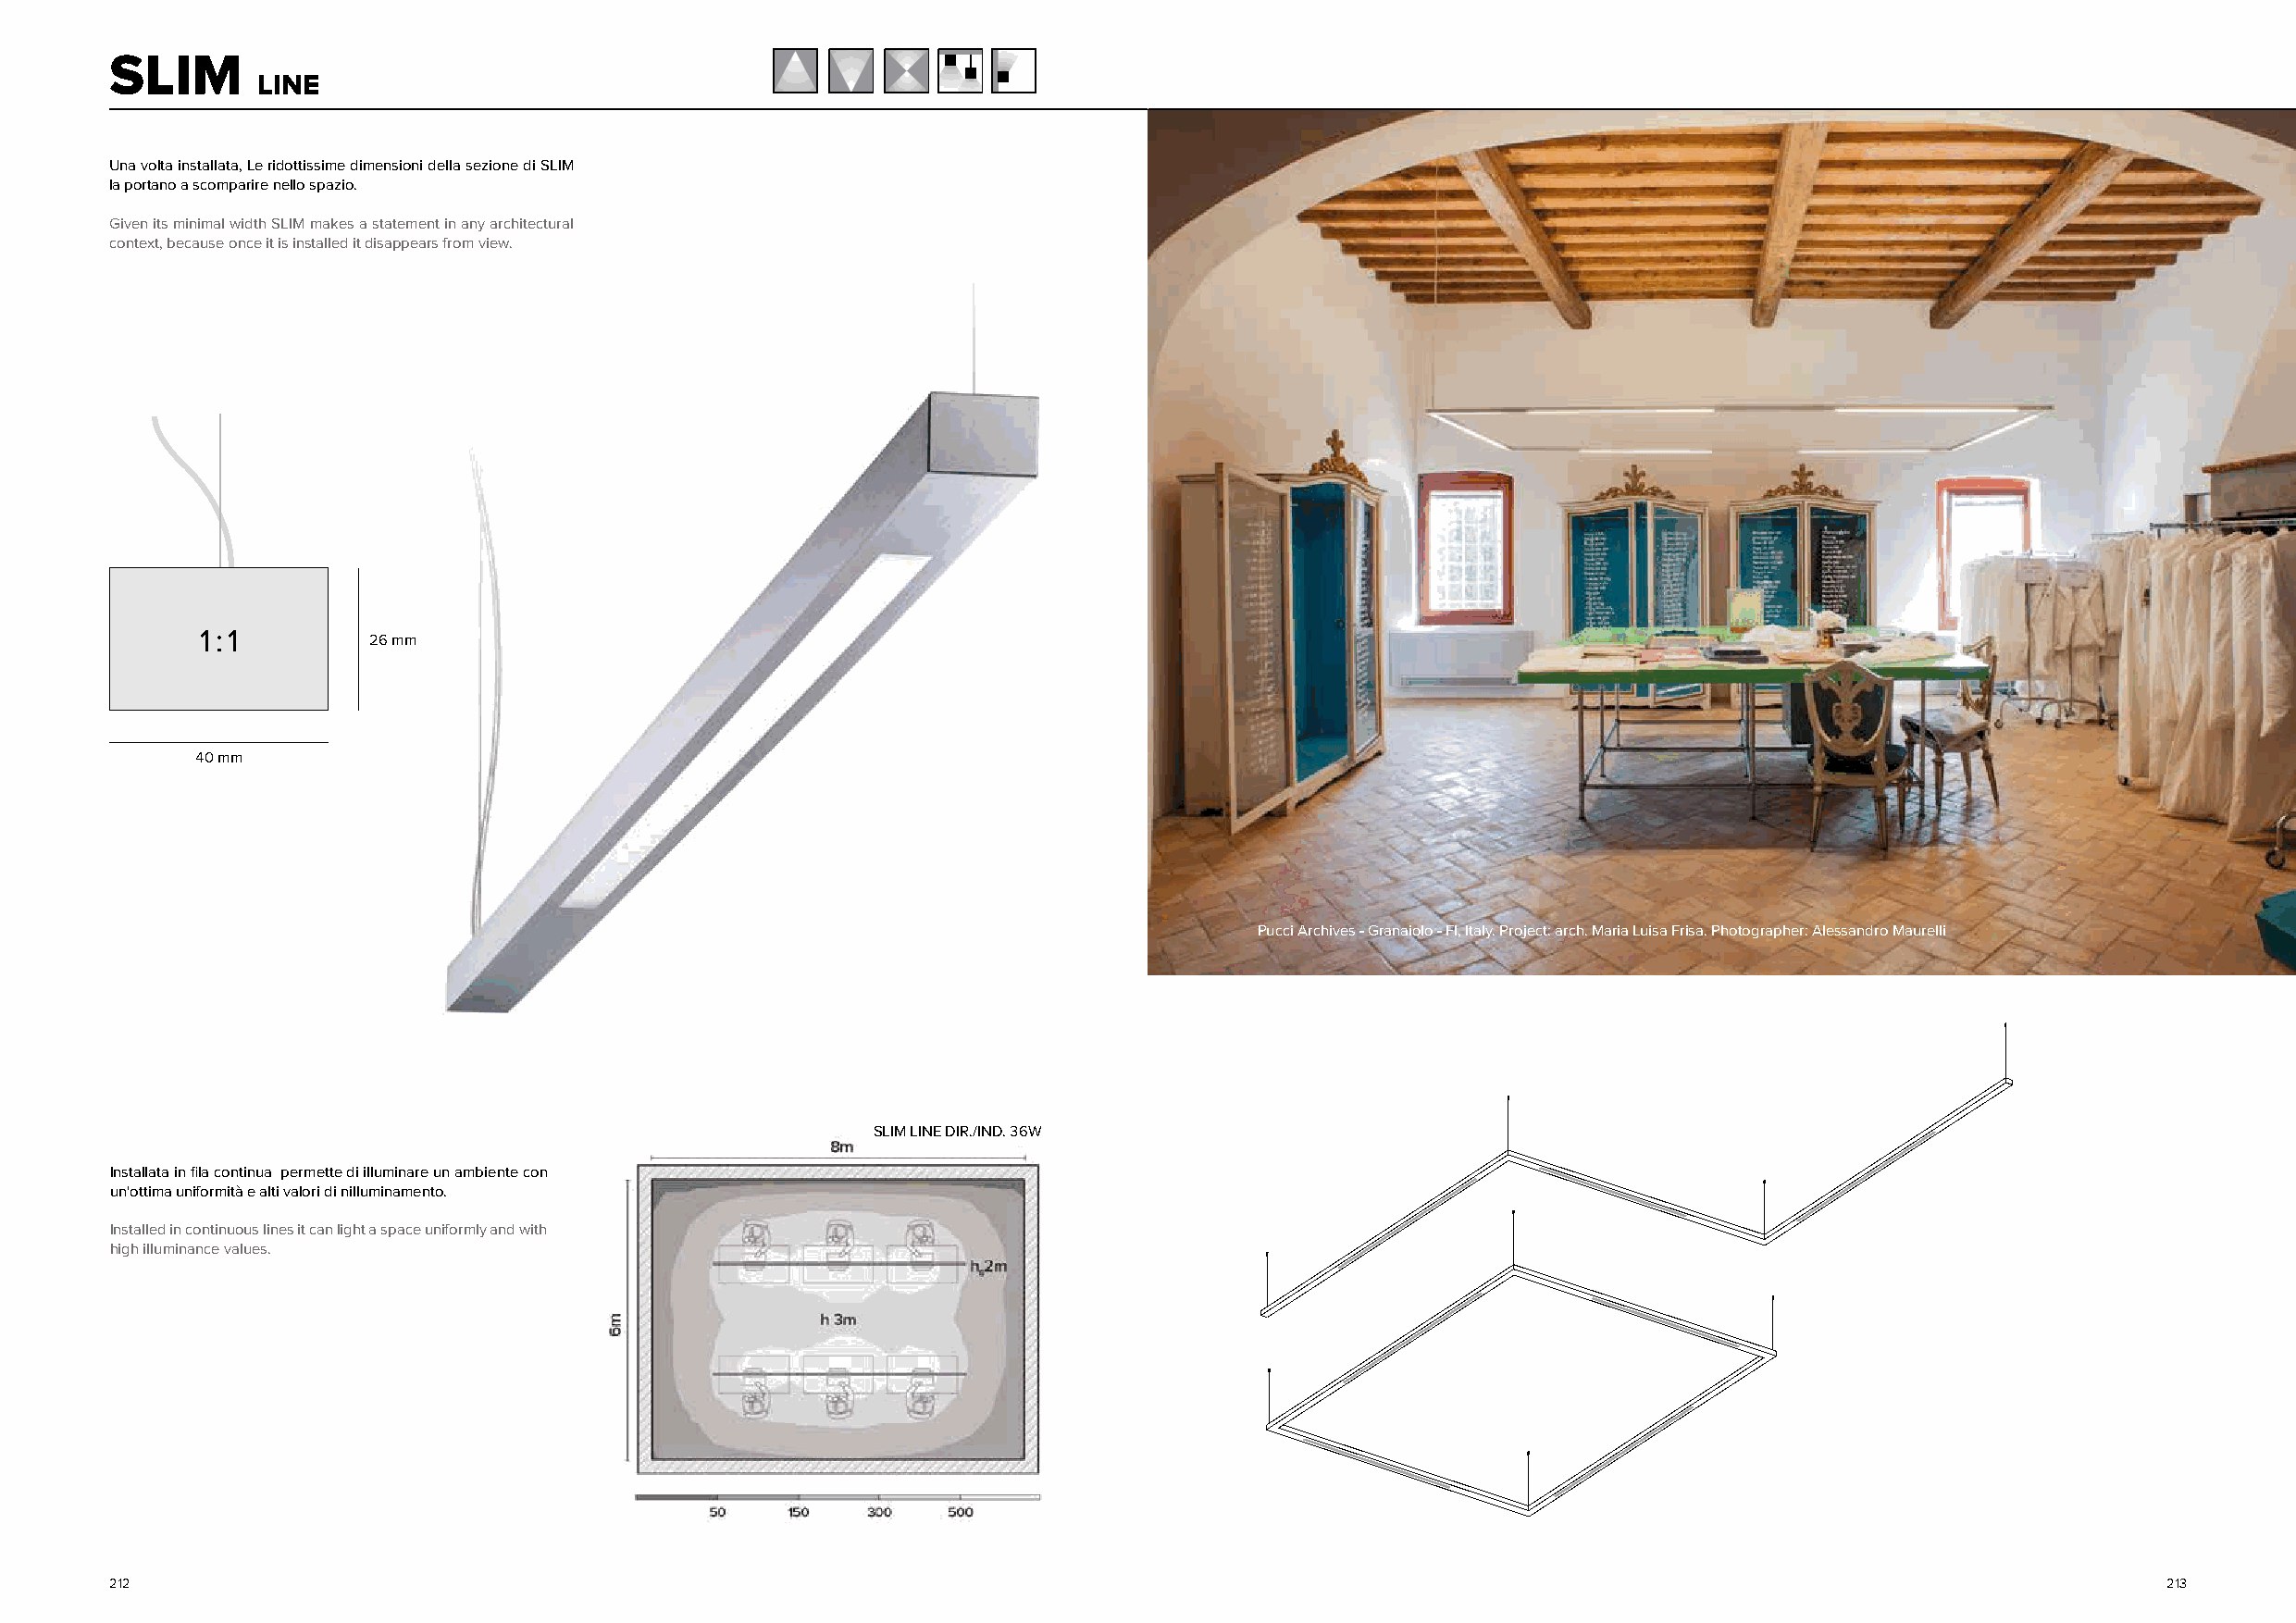
SLIM
 LINE
 Una volta installata, Le ridottissime dimensioni della sezione di SLIM
 la portano a scomparire nello spazio.
 Given its minimal width SLIM makes a statement in any architectural
 context, because once it is installed it disappears from view.
 1 : 1       26 mm
 40 mm
 Pucci Archives - Granaiolo - FI, Italy. Project: arch. Maria Luisa Frisa. Photographer: Alessandro Maurelli
 SLIM LINE DIR./IND. 36W
 Installata in fila continua permette di illuminare un ambiente con
 un'ottima uniformità e alti valori di nilluminamento.
 Installed in continuous lines it can light a space uniformly and with
 high illuminance values.
 212                                                                                                                                                213